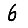
Digit: 6